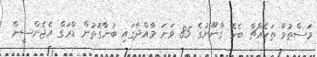
މަސްތުވާ ތަކެއްޗާ ބެހޭ ގާނޫނުގެ 85 ވަނަ މާއްދާގައި ބުނާގޮތުން ޑްރަގް އެޖެންސީން